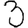
Digit: 3